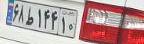
۶۸ط۱۶۴۱۰